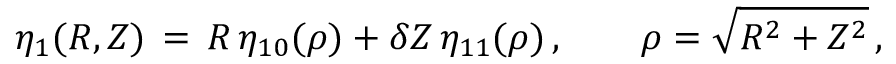
\eta _ { 1 } ( R , Z ) \, = \, R \, \eta _ { 1 0 } ( \rho ) + \delta Z \, \eta _ { 1 1 } ( \rho ) \, , \qquad \rho = \sqrt { R ^ { 2 } + Z ^ { 2 } } \, ,